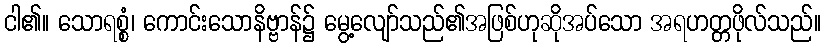
ငါ၏။ သောရစ္စံ၊ ကောင်းသောနိဗ္ဗာန်၌ မွေ့လျော်သည်၏အဖြစ်ဟုဆိုအပ်သော အရဟတ္တဖိုလ်သည်။